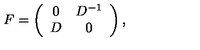
F = \left( \begin{array} { c c } { 0 } & { D ^ { - 1 } } \\ { D } & { 0 } \\ \end{array} \right) ,